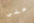
على